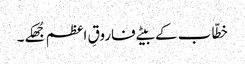
خطّاب کے بیٹے فاروقِ اعظم جُھکے۔